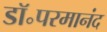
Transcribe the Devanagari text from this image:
डॉ॰परमानंद